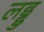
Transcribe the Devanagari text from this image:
लड्डु